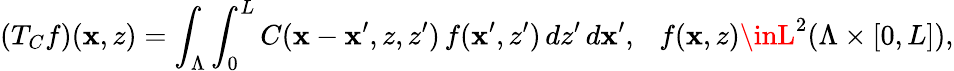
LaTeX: (T_{C}f)(\mathbf{x},z)=\int_{\Lambda}\int_{0}^{L}C(\mathbf{x}-\mathbf{x}^{\prime},z,z^{\prime})\, f(\mathbf{x}^{\prime},z^{\prime})\, dz^{\prime}\, d\mathbf{x}^{\prime},\ \ \ f(\mathbf{x},z)\inL^{2}(\Lambda\times[0,L]),